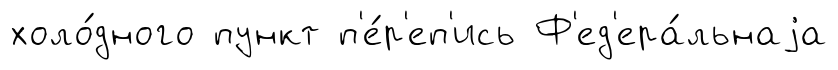
холо́дного пункт п'е́р'еп'ись Ф'ед'ера́льнаjа